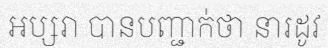
អប្សរា បានបញ្ជាក់ថា នារដូវ